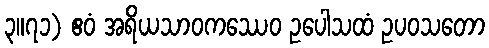
၃။၇၁) ဧဝံ အရိယသာဝကဿေဝ ဥပေါသထံ ဥပဝသတော